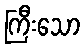
ကြီးသော